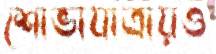
শোভাযাত্রায়ও